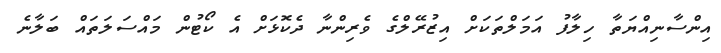
އިންސާނިއްޔަތާ ހިލާފު އަމަލްތަކަށް އިޒުރޭލްގެ ވެރިންނާ ދެކޮޅަށް އެ ކޯޓުން މައްސަލަތައް ބަލާނެ